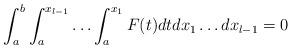
LaTeX: \begin{align*} \int_a^b \int_a^{x_{l-1}} \ldots \int_a^{x_1} F(t)dtdx_1\ldots dx_{l-1}=0 \end{align*}